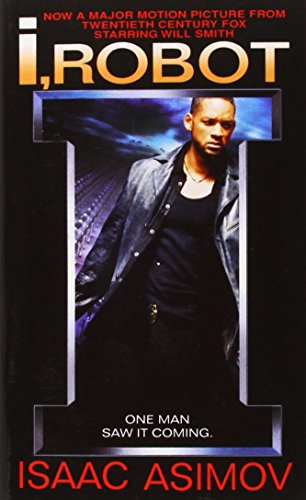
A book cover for I, Robot (The Robot Series); Isaac Asimov; Science Fiction & Fantasy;